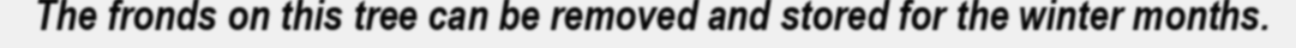
The fronds on this tree can be removed and stored for the winter months.